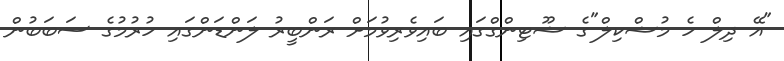
"އޭ ދިލް ހެ މުޝްކިލް"ގެ ޝޫޓިންގްގައި ބައިވެރިވުމަށް ރަންބީރު ލަންޑަންގައި ހުރުމުގެ ސަބަބުން